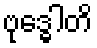
ဗုဒ္ဓေါတိ